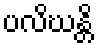
ပလိဃန္တိ